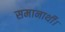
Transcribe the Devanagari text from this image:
समानार्थी।